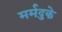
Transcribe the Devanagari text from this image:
मर्मदुके